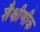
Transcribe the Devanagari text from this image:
शैक्षीणीक